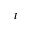
t